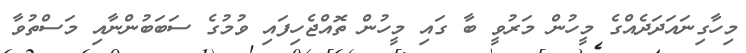
މިހާގިނައަދަދެއްގެ މީހުން މަރުވީ ބާ ގައި މީހުން ތޮއްޖެހިފައި ވުމުގެ ސަބަބުންނާއި މަސްތުވާ